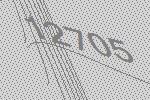
12705